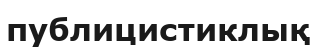
публицистиклық